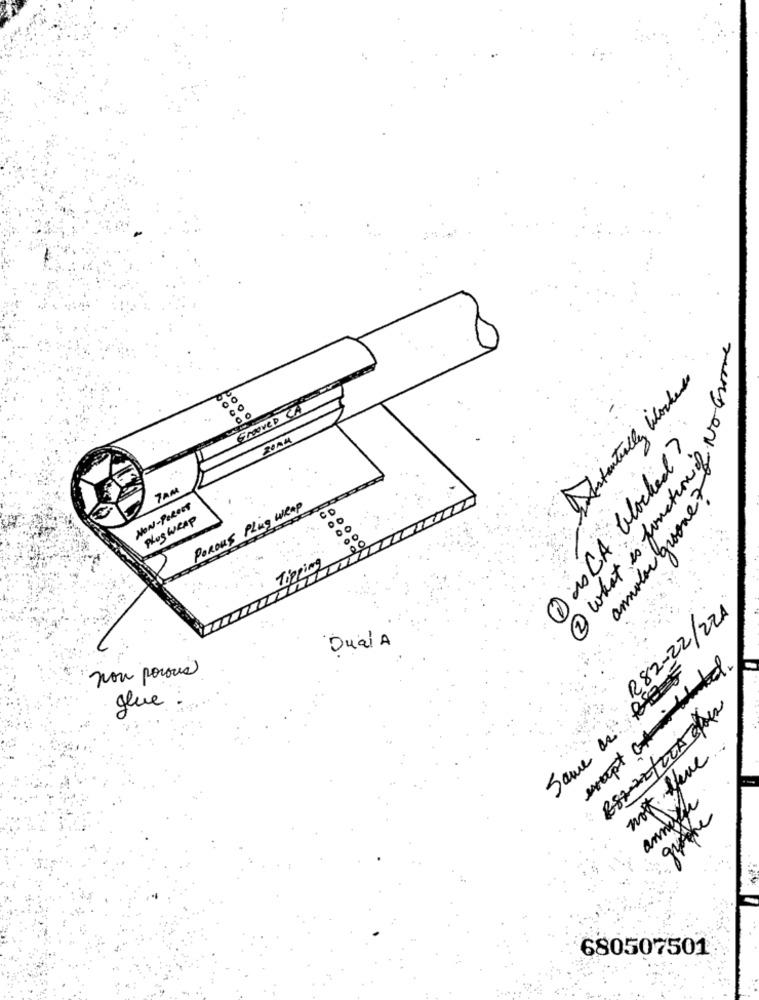
what is functionis No Groove
Testactually blockers
SHOWED CA
Dis CA blocked?
annolos groove 7
7AM
NON- POROST
POROUS Plug weap
Plus WRAP
Tipping
R82-22/221
Dual A
non porous
Same as
glue
282-22/205 042
not Have.
annege
: grethe
680507501